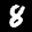
Digit: 8